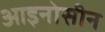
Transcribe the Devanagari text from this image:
आइनोसीन